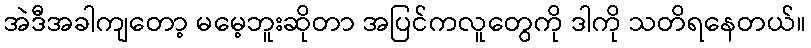
အဲဒီအခါကျတော့ မမေ့ဘူးဆိုတာ အပြင်ကလူတွေကို ဒါကို သတိရနေတယ်။